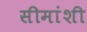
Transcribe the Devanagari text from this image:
सीमांशी